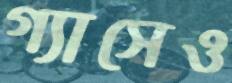
গ্যাসেও